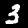
Label: 3